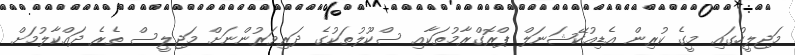
މަޖިލީހުގައި މީގެ ކުރިން އެޑިއުކޭޝަނަލް ޕްރޮގްރާމުތަކާއި ސްކޫލުތަކުގެ ދަރިވަރުންނަށް މަޖިލީސް ތެރެ ދައްކާލުމަށް